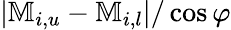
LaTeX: |\mathbb{M}_{i,u}-\mathbb{M}_{i,l}|/\cos{\varphi}